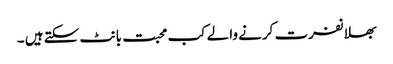
بھلا نفرت کرنے والے کب محبت بانٹ سکتے ہیں ۔